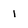
Character: i